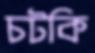
চটকি